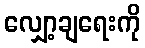
လျှော့ချရေးကို